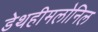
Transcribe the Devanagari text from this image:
डेथहीमलोनिल